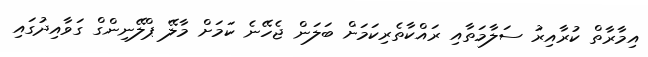
އިމާރާތް ކުރާއިރު ސަލާމަތާއި ރައްކާތެރިކަމަށް ބަލަން ޖެހޭނެ ކަމަށް މާލޭ ޕްލޭނިންގް ގަވާއިދުގައި